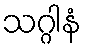
သဂ္ဂါနံ